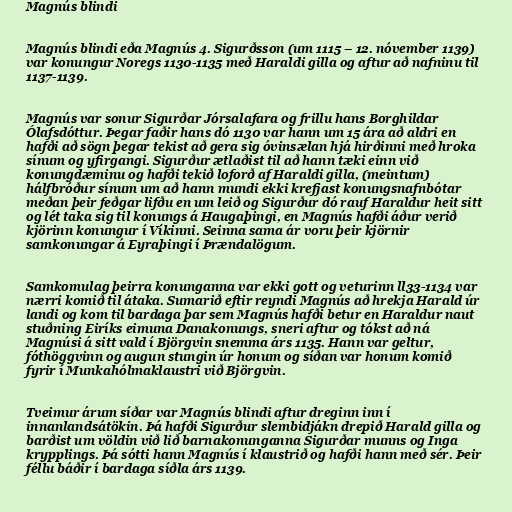
Magnús blindi

Magnús blindi eða Magnús 4. Sigurðsson (um 1115 – 12. nóvember 1139)
var konungur Noregs 1130-1135 með Haraldi gilla og aftur að nafninu til
1137-1139.

Magnús var sonur Sigurðar Jórsalafara og frillu hans Borghildar
Ólafsdóttur. Þegar faðir hans dó 1130 var hann um 15 ára að aldri en
hafði að sögn þegar tekist að gera sig óvinsælan hjá hirðinni með hroka
sínum og yfirgangi. Sigurður ætlaðist til að hann tæki einn við
konungdæminu og hafði tekið loforð af Haraldi gilla, (meintum)
hálfbróður sínum um að hann mundi ekki krefjast konungsnafnbótar
meðan þeir feðgar lifðu en um leið og Sigurður dó rauf Haraldur heit sitt
og lét taka sig til konungs á Haugaþingi, en Magnús hafði áður verið
kjörinn konungur í Víkinni. Seinna sama ár voru þeir kjörnir
samkonungar á Eyraþingi í Þrændalögum.

Samkomulag þeirra konunganna var ekki gott og veturinn ll33-1134 var
nærri komið til átaka. Sumarið eftir reyndi Magnús að hrekja Harald úr
landi og kom til bardaga þar sem Magnús hafði betur en Haraldur naut
stuðning Eiríks eimuna Danakonungs, sneri aftur og tókst að ná
Magnúsi á sitt vald í Björgvin snemma árs 1135. Hann var geltur,
fóthöggvinn og augun stungin úr honum og síðan var honum komið
fyrir í Munkahólmaklaustri við Björgvin.

Tveimur árum síðar var Magnús blindi aftur dreginn inn í
innanlandsátökin. Þá hafði Sigurður slembidjákn drepið Harald gilla og
barðist um völdin við lið barnakonunganna Sigurðar munns og Inga
krypplings. Þá sótti hann Magnús í klaustrið og hafði hann með sér. Þeir
féllu báðir í bardaga síðla árs 1139.